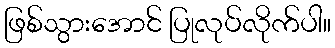
ဖြစ်သွားအောင် ပြုလုပ်လိုက်ပါ။